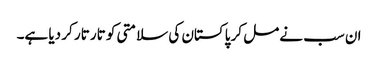
ان سب نے مل کر پاکستان کی سلامتی کو تار تار کر دیا ہے۔